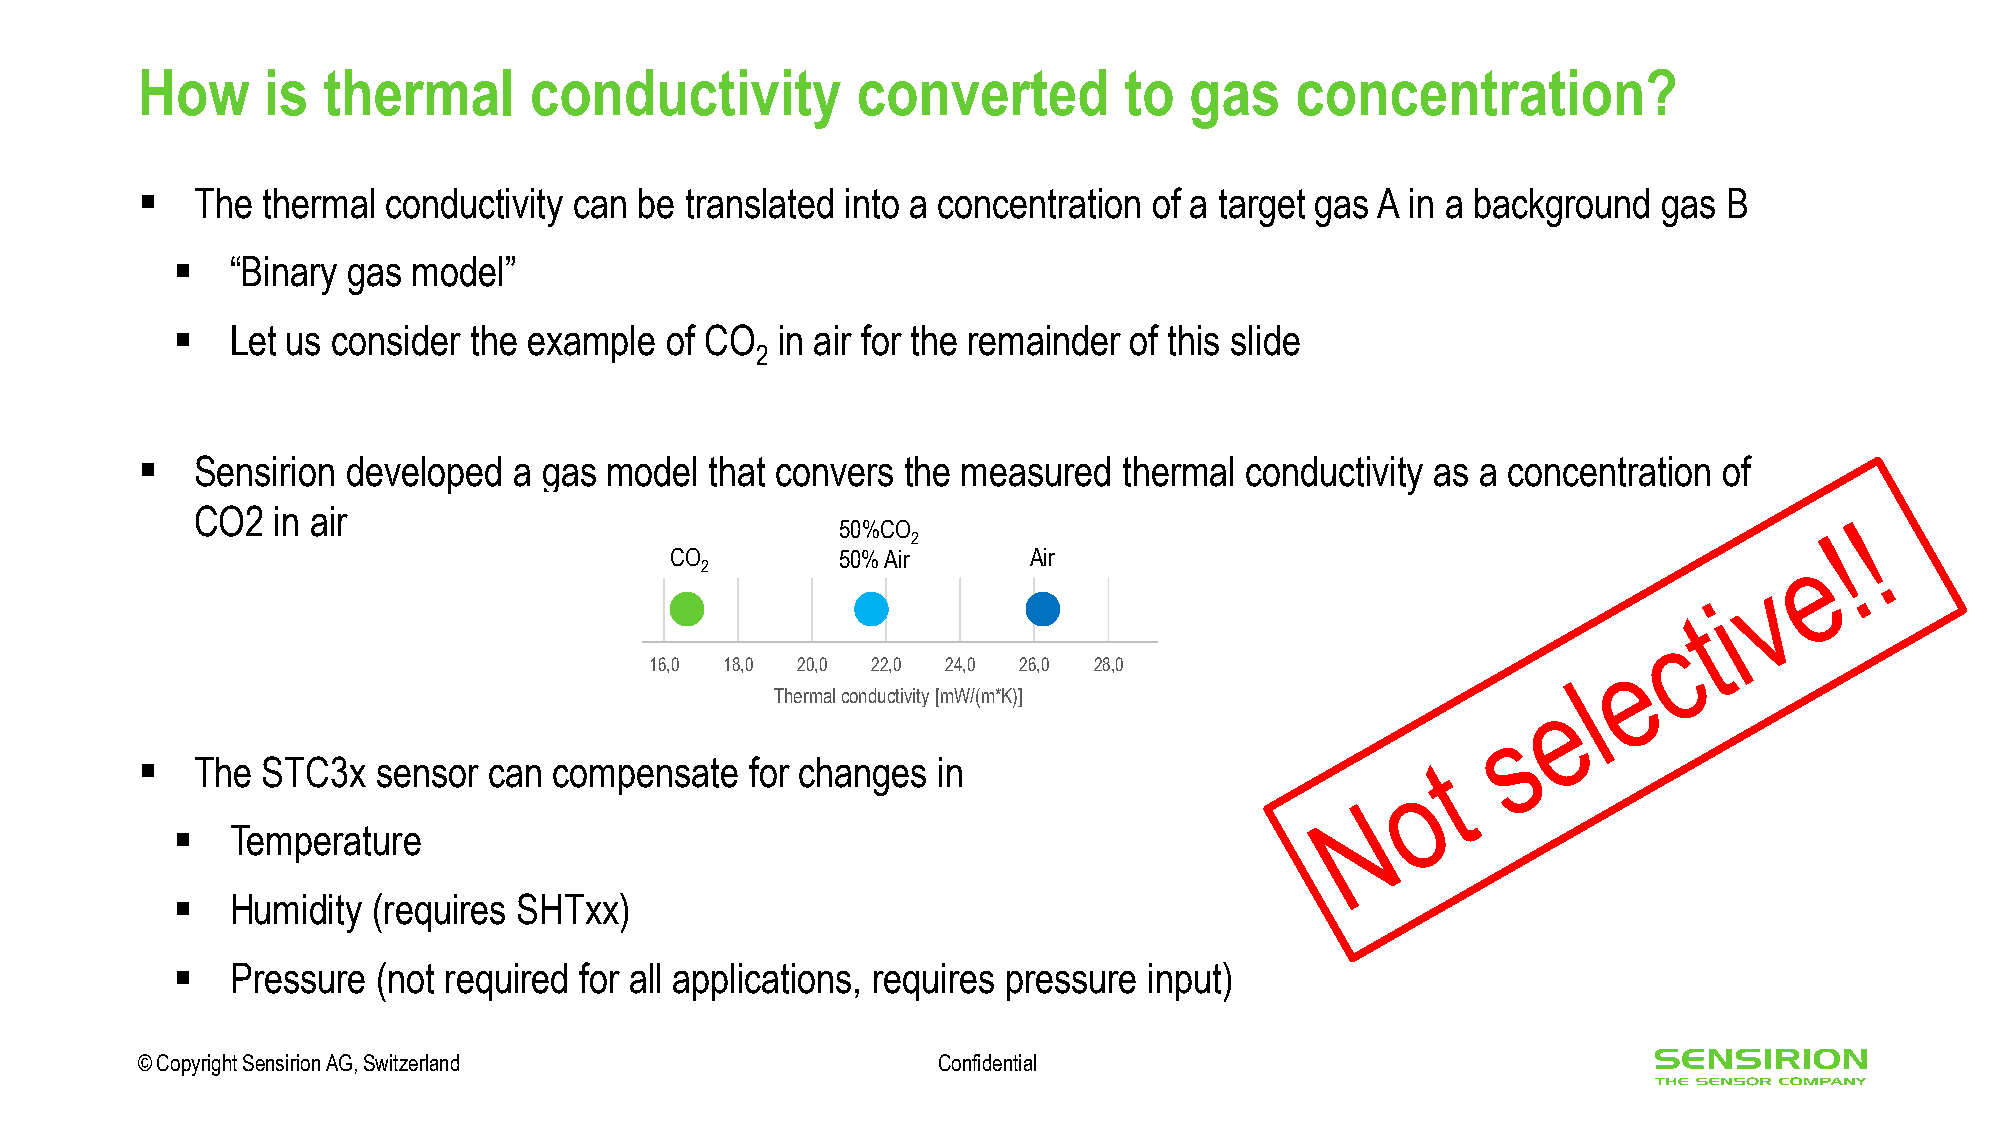
How     is  thermal       conductivity          converted        to   gas    concentration?
 ▪   The thermal  conductivity can be translated into a concentration of a target gas A in a background gas B
 ▪   “Binary gas model”
 ▪   Let us consider the example  of CO  in air for the remainder of this slide
 2
 ▪   Sensirion developed  a gas model  that convers the measured  thermal conductivity as a concentration of
 CO2  in air
 50%CO
 2
 CO          50% Air     Air
 2
 150,0 160,0 170,0 180,0 190,0
 12,0 14,0 16,0 18,0 20,0 22,0 24,0 26,0 28,0 30,0 32,0 34,0 36,0
 thermal conductivity [mW(m*K)]
 Thermal conductivity [mW/(m*K)]
 ▪   The STC3x   sensor can  compensate   for changes in
 ▪   Temperature
 ▪   Humidity  (requires SHTxx)
 ▪   Pressure  (not required for all applications, requires pressure input)
 © Copyright Sensirion AG, Switzerland                Confidential